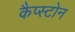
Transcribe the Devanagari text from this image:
कैप्स्टोन